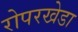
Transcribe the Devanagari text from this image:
रोपरखेडा